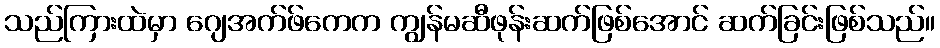
သည်ကြားထဲမှာ ဂျေအက်ဖ်ကေက ကျွန်မဆီဖုန်းဆက်ဖြစ်အောင် ဆက်ခြင်းဖြစ်သည်။